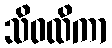
သိဝထိကာ